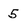
Character: 5